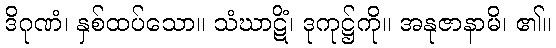
ဒိဂုဏံ၊ နှစ်ထပ်သော။ သံဃာဋိံ၊ ဒုကုဋ္ဌ်ကို။ အနုဇာနာမိ၊ ၏။